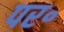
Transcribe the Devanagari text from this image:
पर॰